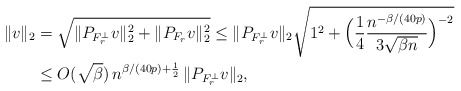
\begin{align*}\|v\|_2 &= \sqrt{ \|P_{F_r^\perp}v\|_2^2 + \|P_{F_r} v\|_2^2 } \le \|P_{F_r^\perp}v\|_2 \sqrt{1^2 + \Big( \frac{1}{4} \frac{n^{-\beta/(40p)}}{ 3\sqrt{\beta n } }\Big)^{-2} } \\&\le O(\sqrt{\beta})\,n^{\beta/(40p) + \frac{1}{2}}\,\|P_{F_r^\perp}v\|_2,\end{align*}